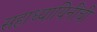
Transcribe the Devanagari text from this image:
सहाध्यायिनींची